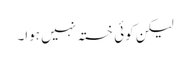
لیکن کوئی خستہ نہیں ہوا۔